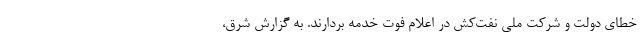
خطای دولت و شرکت ملی نفت‌کش در اعلام فوت خدمه بردارند. به گزارش شرق،